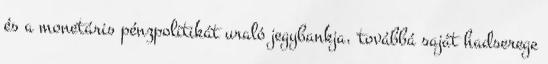
és a monetáris pénzpolitikát uraló jegybankja, továbbá saját hadserege